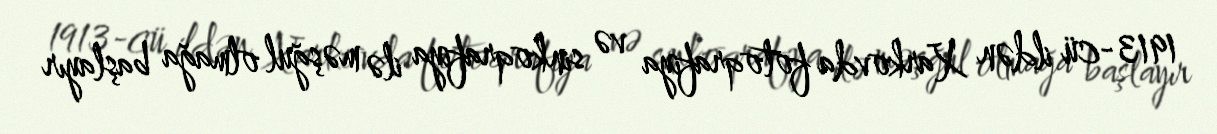
1913-cü ildən Xarkovda fotoqrafiya və sinkoqrafiya ilə məşğul olmağa başlayır